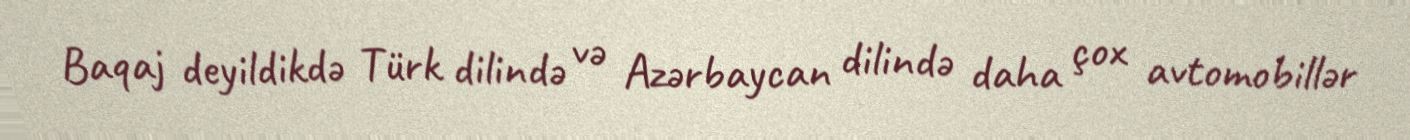
Baqaj deyildikdə Türk dilində və Azərbaycan dilində daha çox avtomobillər